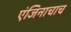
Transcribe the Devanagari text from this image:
एंजिनाचाच